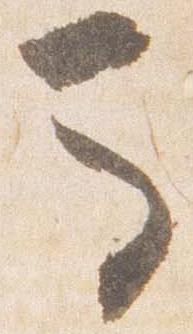
馬